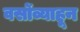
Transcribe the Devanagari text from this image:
वर्सोव्याहून